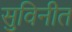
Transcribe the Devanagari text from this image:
सुविनीत